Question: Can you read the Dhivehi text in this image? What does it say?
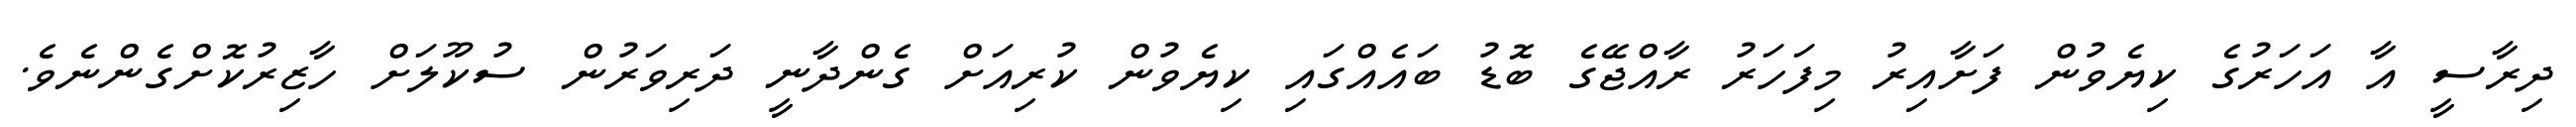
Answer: ދިރާސީ އާ އަހަރުގެ ކިޔެވުން ފަށާއިރު މިފަހަރު ރާއްޖޭގެ ބޮޑު ބައެއްގައި ކިޔެވުން ކުރިއަށް ގެންދާނީ ދަރިވަރުން ސުކޫލަށް ހާޒިރުކޮށްގެންނެވެ.